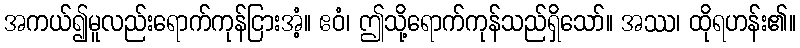
အကယ်၍မူလည်းရောက်ကုန်ငြားအံ့။ ဧဝံ၊ ဤသို့ရောက်ကုန်သည်ရှိသော်။ အဿ၊ ထိုရဟန်း၏။